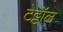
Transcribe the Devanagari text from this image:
टेट्टॉल